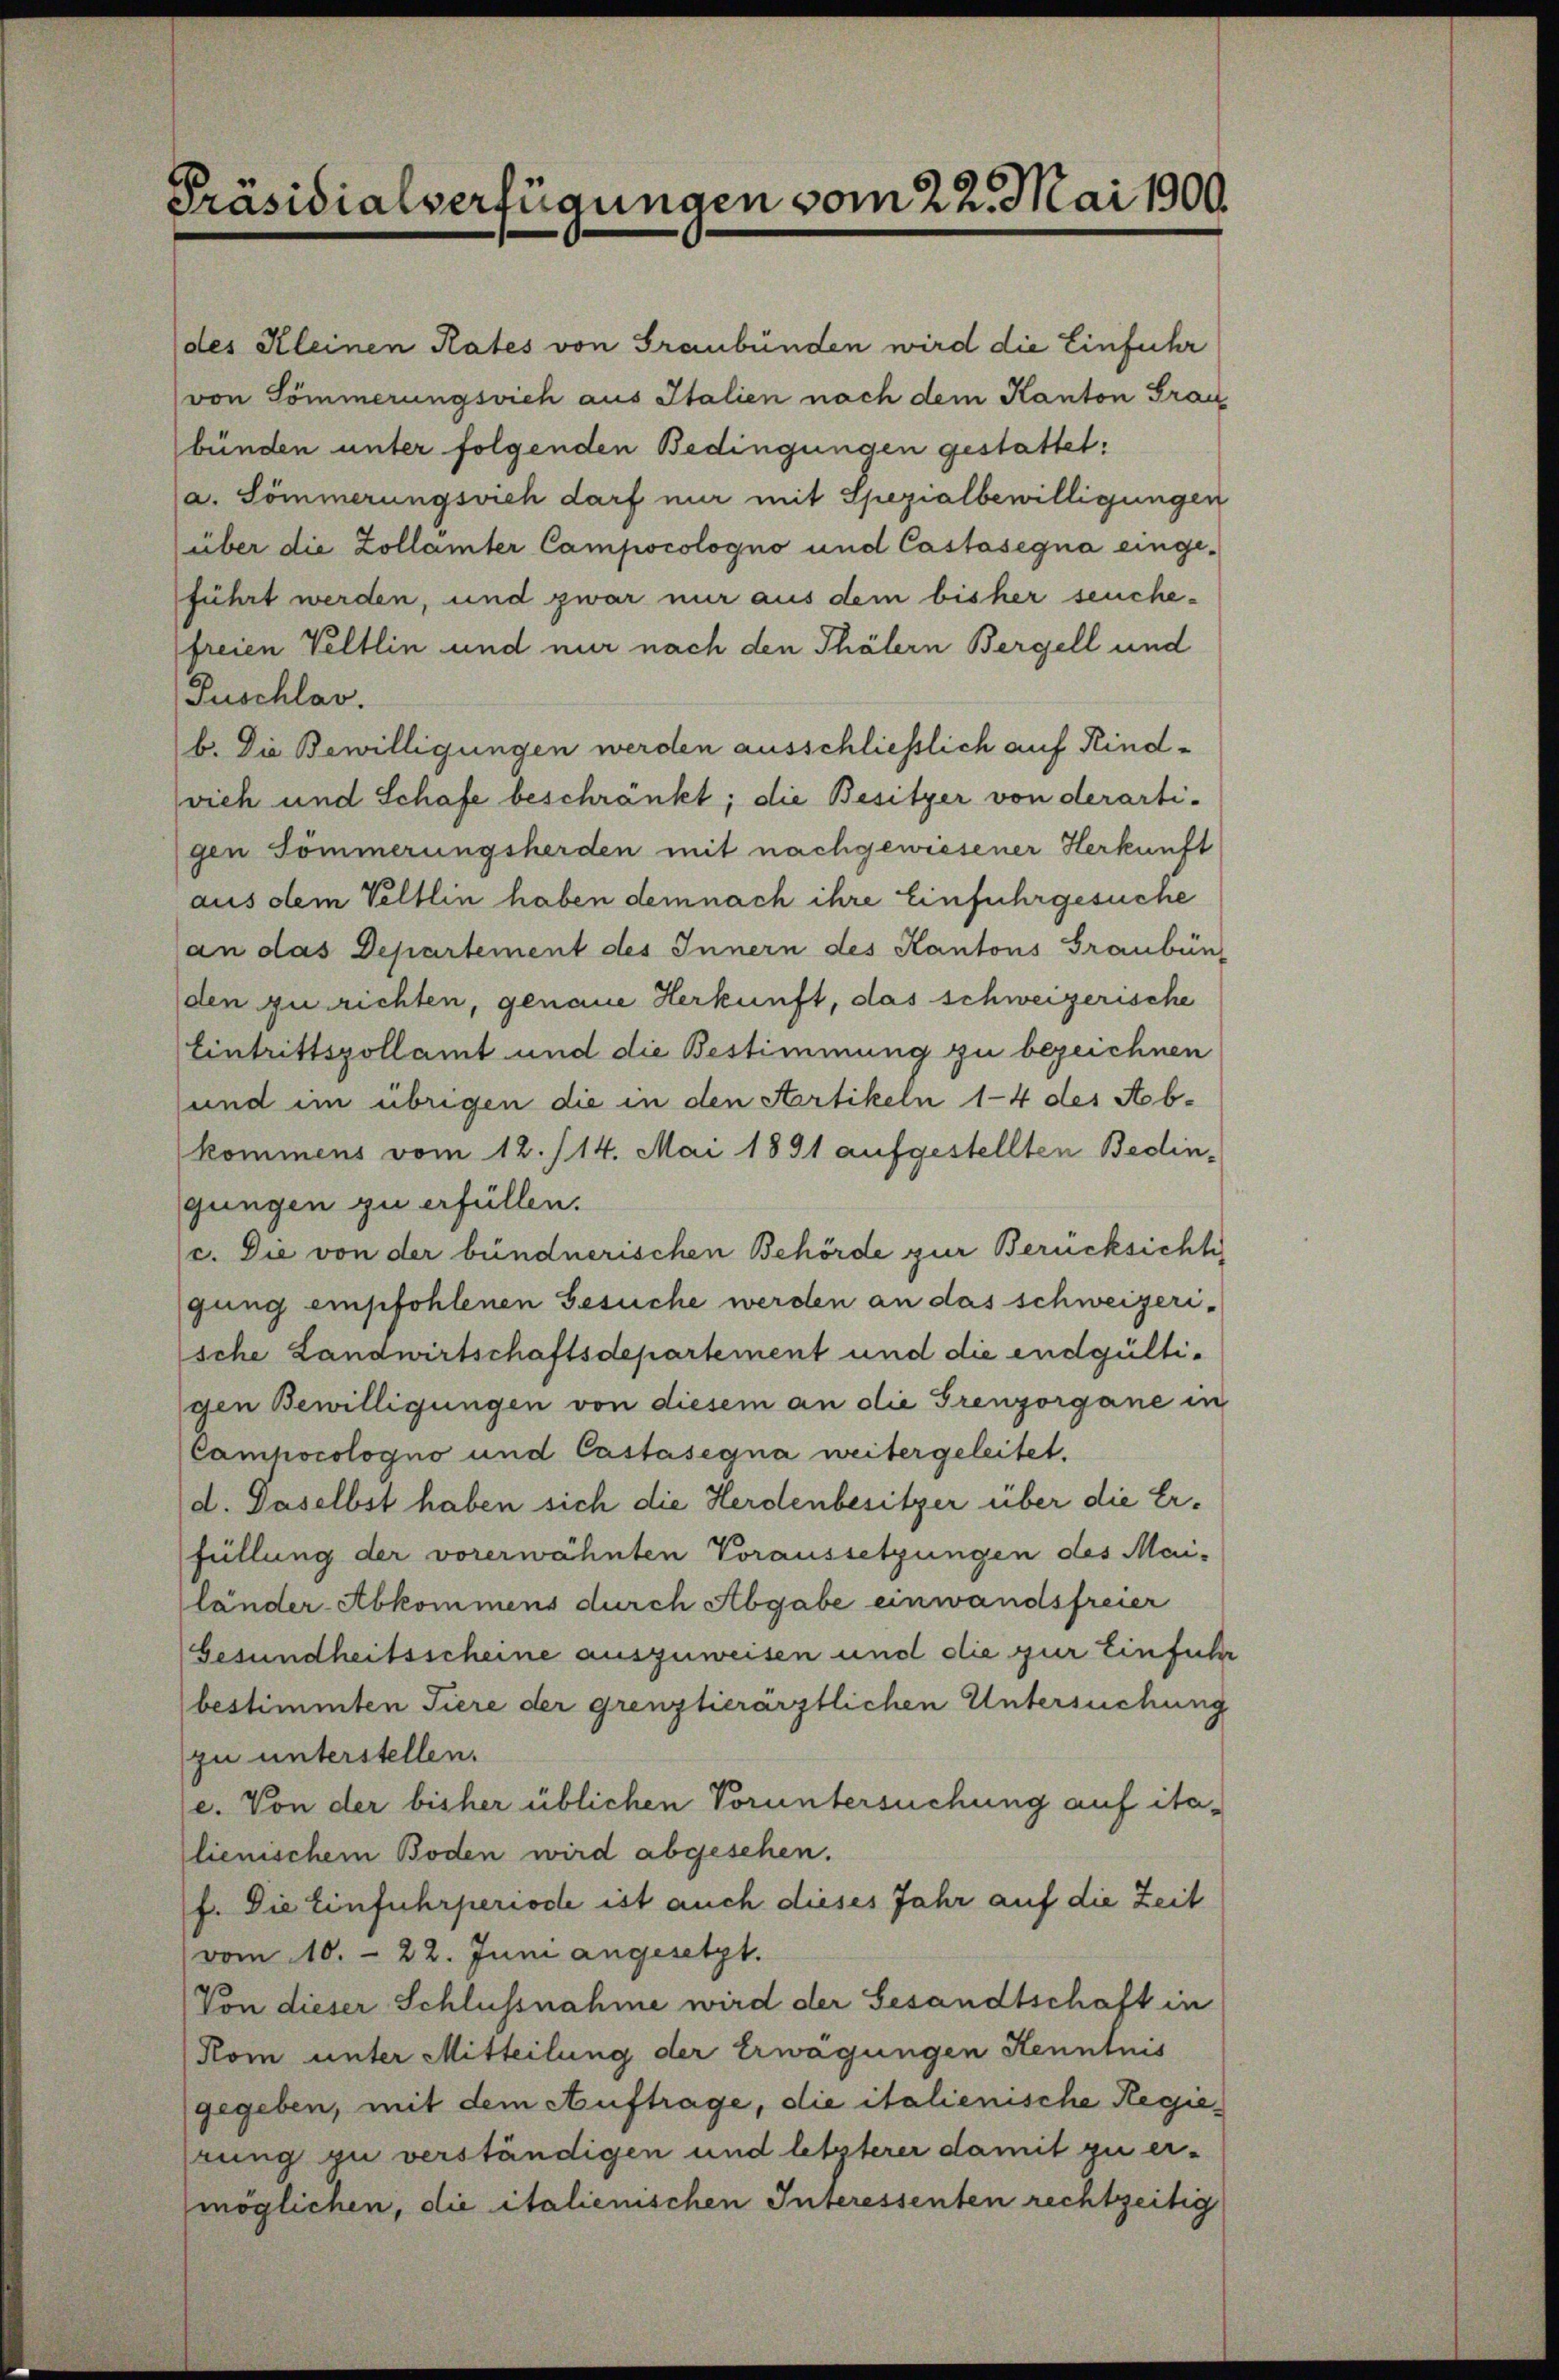
Präsidialverfügungen vom 22. Mai 1900.

des Kleinen Rates von Graubünden wird die Einfuhr
von Sömmerungsvieh aus Italien nach dem Kanton Frau
bünden unter folgenden Bedingungen gestattet:
a. Sömmerungsvieh darf nur mit Spezialbewilligungen
über die Zollämter Campocologno und Castasegna eingeführt werden, und zwar nur aus dem bisher seuche-
freien Veltlin und nur nach den Thälern Bergell und
Puschlav.
b. Die Bewilligungen werden ausschliesslich auf Kindvieh und Schafe beschränkt; die Besitzer von derarti-
gen Sömmerungsherden mit nachgewiesener Herkunft
aus dem Veltlin haben demnach ihre Einfuhrgesuche
an das Departement des Innern des Kantons Graubün
den zu richten, genaue Herkunft, das schweizerische
Eintrittspollamt und die Bestimmung zu bezeichnen
und im übrigen die in den Artikeln 1-4 des Abkommens vom 12./14. Mai 1891 aufgestellten Bedingungen zu erfüllen.
c. Die von der bündnerischen Behörde zur Berücksichte
gung empfohlenen Gesuche werden an das schweizeri-
sche Landwirtschaftsdepartement und die endgültigen Bewilligungen von diesem an die Grenzorgane in
Camhocologno und Castasegna weitergeleitet.
d. Daselbst haben sich die Herdenbesitzer über die Erfüllung der vorerwähnten Voraussetzungen des Mailänder-Abkommens durch Abgabe einwandsfreier
Gesundheitsscheine auszuweisen und die zur Einführ
bestimmten Tiere der grenztierärztlichen Untersuchung
zu unterstellen.
e. Von der bisher üblichen Voruntersuchung auf italienischem Boden wird abgesehen.
f. Die Einfuhrperiode ist auch dieses Jahr auf die Zeit
(vom 10. - 22. Juni angesetzt.
Von dieser Schlussnahme wird der Gesandtschaft in
Kom unter Mitteilung der Erwägungen Kenntnis
gegeben, mit dem Auftrage, die italienische Regierung zu verständigen und letzterer damit zu ermöglichen, die italienischen Interessenten rechtzeitig